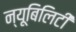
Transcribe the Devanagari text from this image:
न्यूबिलिटी